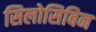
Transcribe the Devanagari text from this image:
सिलोसिबिन